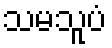
သမသူပံ